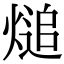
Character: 㷟